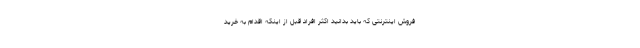
فروش اینترنتی که باید بدانید اکثر افراد قبل از اینکه اقدام به خرید